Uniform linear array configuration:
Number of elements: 32
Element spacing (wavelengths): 0.25
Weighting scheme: hamming
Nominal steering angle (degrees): -60
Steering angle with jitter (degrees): -61.372
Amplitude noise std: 0.05
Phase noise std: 0.05

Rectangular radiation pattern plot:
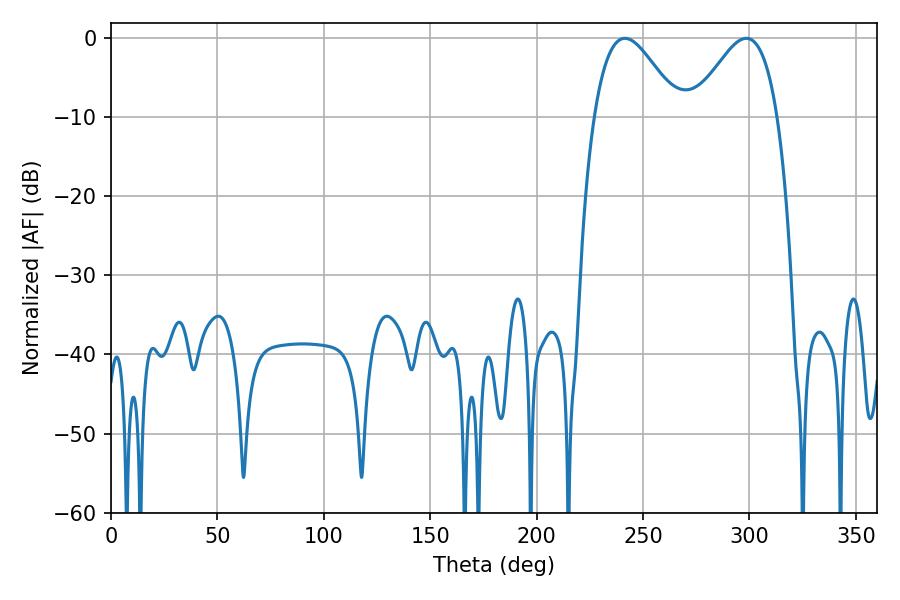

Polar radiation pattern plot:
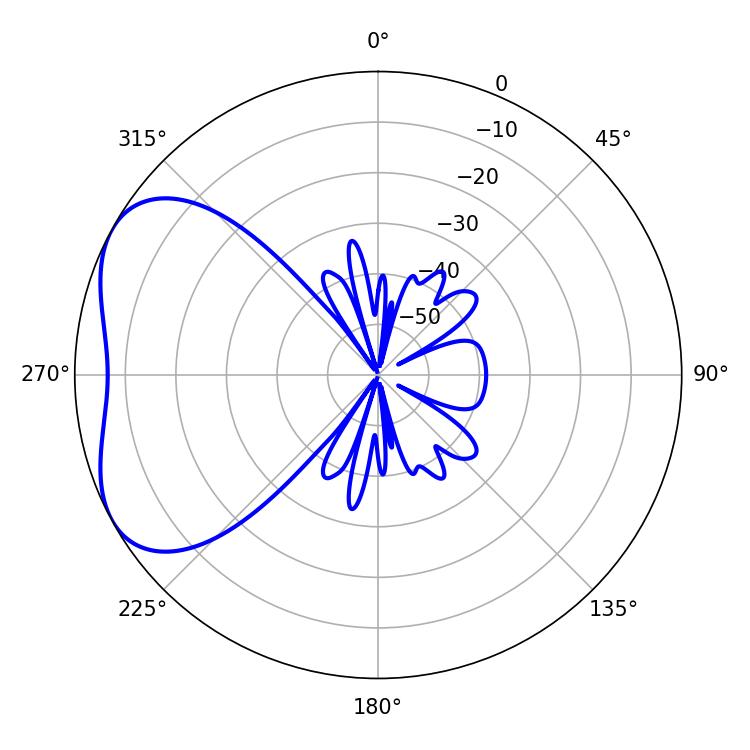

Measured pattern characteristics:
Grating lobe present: FALSE
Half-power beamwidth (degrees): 21.42
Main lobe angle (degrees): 241.56